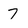
Character: 7